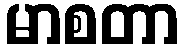
မာစတာ